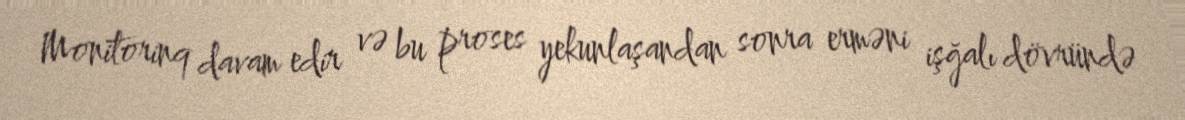
Monitorinq davam edir və bu proses yekunlaşandan sonra erməni işğalı dövründə